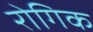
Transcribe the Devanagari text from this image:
रोगिक